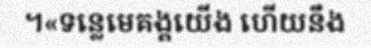
។«ទន្លេមេគង្គយើង ហើយនឹង